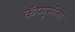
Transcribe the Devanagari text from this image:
कॅप्यूसीनो